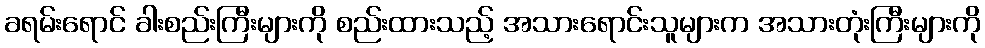
ခရမ်းရောင် ခါးစည်းကြီးများကို စည်းထားသည့် အသားရောင်းသူများက အသားတုံးကြီးများကို